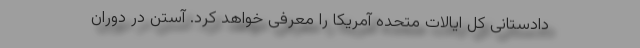
دادستانی کل ایالات متحده آمریکا را معرفی خواهد کرد. آستن در دوران